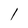
Character: l